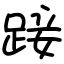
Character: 踥